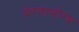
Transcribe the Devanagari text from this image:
प्रेरणायोग्य